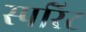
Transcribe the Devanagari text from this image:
स्परिट